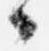
々